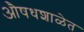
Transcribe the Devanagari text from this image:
औषधशाळेत